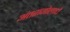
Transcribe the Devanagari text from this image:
अंतरागोलार्ध